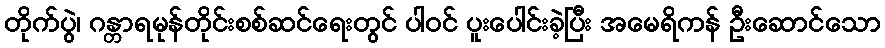
တိုက်ပွဲ၊ ဂန္တာရမုန်တိုင်းစစ်ဆင်ရေးတွင် ပါဝင် ပူးပေါင်းခဲ့ပြီး အမေရိကန် ဦးဆောင်သော